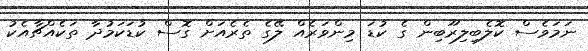
ނަމަވެސް ކޮލެބިލިރޫބިން ގެ ކުޑަ މިންވަރެއް ލޭގެ ތެރެއަށް ގޮސް ކުޑަކަމުދާ ތަކެއްޗާއެކު